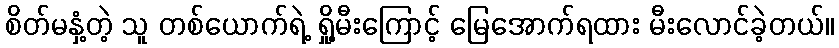
စိတ်မနှံ့တဲ့ သူ တစ်ယောက်ရဲ့ ရှို့မီးကြောင့် မြေအောက်ရထား မီးလောင်ခဲ့တယ်။